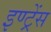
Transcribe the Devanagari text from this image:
इण्ट्रेंस